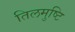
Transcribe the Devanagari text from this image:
तिलमुष्टि